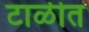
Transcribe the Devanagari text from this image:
टाळीत